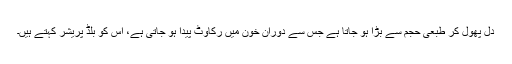
دل پھول کر طبعی حجم سے بڑا ہو جاتا ہے جس سے دورانِ خون میں رکاوٹ پیدا ہو جاتی ہے، اس کو بلڈ پریشر کہتے ہیں۔